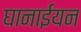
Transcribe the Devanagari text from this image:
घानाईयन